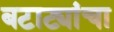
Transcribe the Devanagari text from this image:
बटाट्यांचा